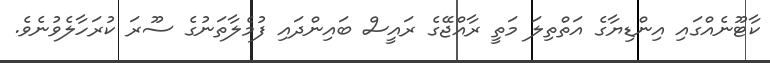
ކާޓޫނެއްގައި އިންޑިޔާގެ އަތްތިލަ މަތީ ރާއްޖޭގެ ރައީސް ބައިންދައި ފުމެލާތަނުގެ ސޫރަ ކުރަހާލެވުނެވެ.